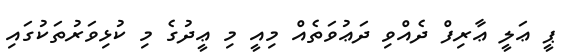
ޕީ ޢަލީ ޢާރިފް ދެއްވި ދަޢުވަތެއް މިއީ މި ޢީދުގެ މި ކުޅިވަރުތަކުގައި